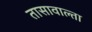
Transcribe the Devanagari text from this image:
तासावाल्ता